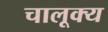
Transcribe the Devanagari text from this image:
चालूक्य